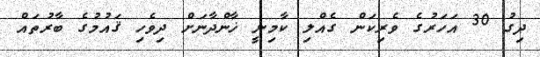
ދިގު 30 އަހަރުގެ ވެރިކަން ގެއްލި ކާމިނީ ޚާންދާނަށް ދިވެހި ޤައުމުގެ ބާރުތައް